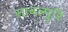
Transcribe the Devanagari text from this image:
साबल्पुरि